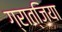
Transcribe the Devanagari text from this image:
ग्रात्जिया